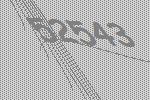
52543